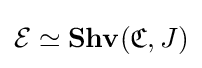
{\mathcal {E}}\simeq \mathbf {Shv} ({\mathfrak {C}},J)